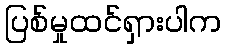
ပြစ်မှုထင်ရှားပါက